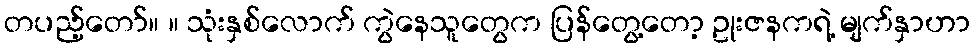
တပည့်တော်။ ။ သုံးနှစ်လောက် ကွဲနေသူတွေက ပြန်တွေ့တော့ ဥုးဇနကရဲ့ မျက်နှာဟာ